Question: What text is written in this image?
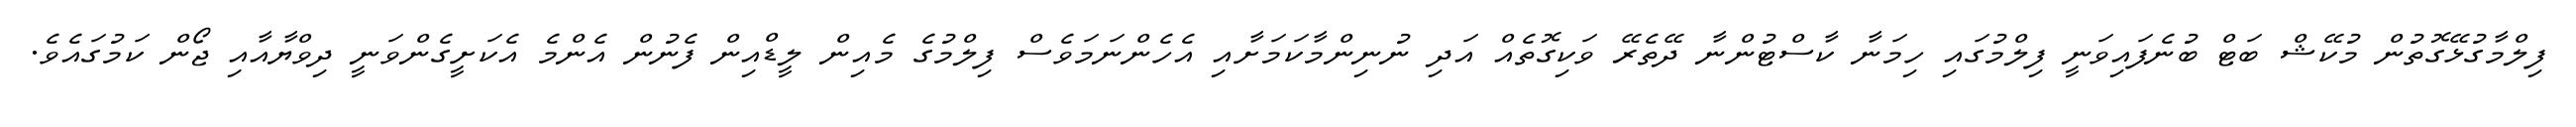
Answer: ފިލްމާގުޅޭގޮތުން މުކޭޝް ބަޓް ބުނެފައިވަނީ ފިލްމުގައި ހިމަނާ ކާސްޓުންނާ ދޭތެރޭ ވަކިގޮތެއް އަދި ނުނިންމާކަމަށާއި އެހެންނަމަވެސް ފިލްމުގެ މެއިން ލީޑްއިން ފެނުން އެންމެ އެކަށީގެންވަނީ ދިވްޔާއާއި ޖޯން ކަމުގައެވެ.